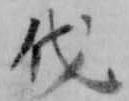
伐